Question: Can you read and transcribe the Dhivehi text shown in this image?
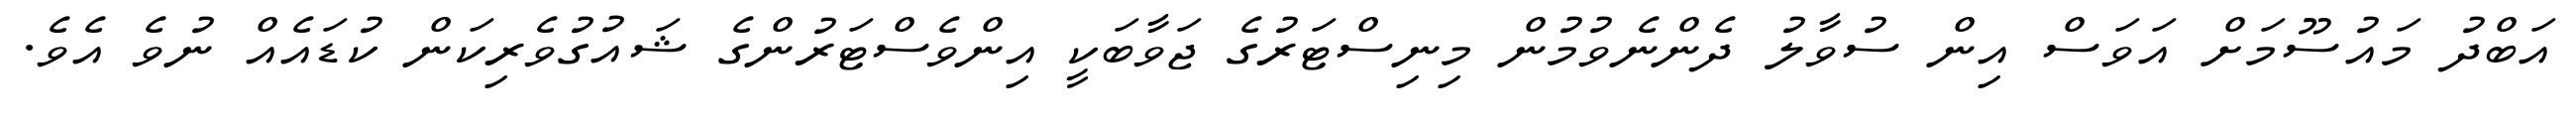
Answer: އަބްދު މައުސޫމަށް އަވަސް އިން ސުވާލު ދެންނެވުމުން މިނިސްޓަރުގެ ޖަވާބަކީ އިންވެސްޓަރުންގެ ޝައުގުވެރިކަން ކުޑައެއް ނުވެ އެވެ.